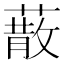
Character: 𦺻